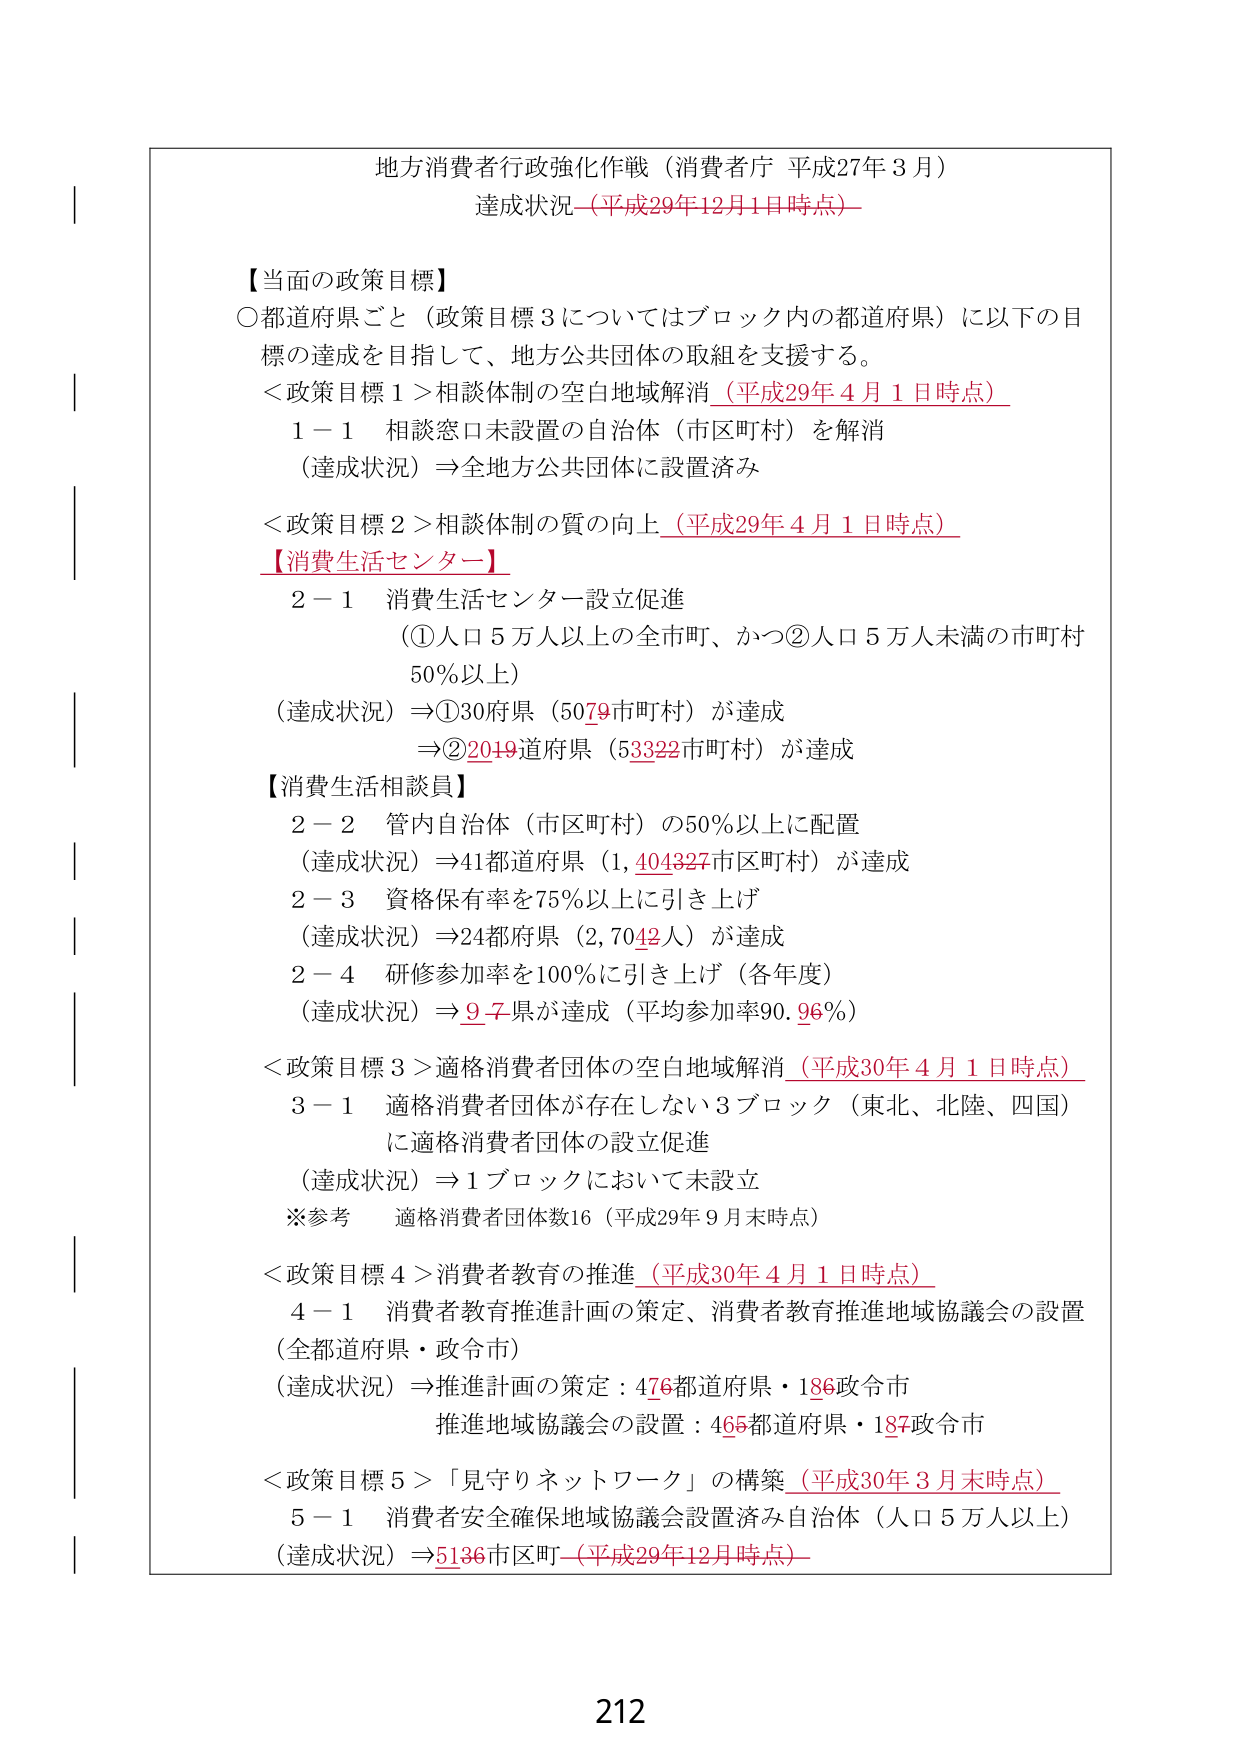
地方消費者行政強化作戦（消費者庁 平成27年3月）
達成状況（平成29年12月1日時点）

【当面の政策目標】
〇都道府県ごと（政策目標3についてはブロック内の都道府県）に以下の目標の達成を目指して、地方公共団体の取組を支援する。

＜政策目標1＞相談体制の空白地域解消（平成29年4月1日時点）
　1－1　相談窓口未設置の自治体（市区町村）を解消
　　（達成状況）⇒全地方公共団体に設置済み

＜政策目標2＞相談体制の質の向上（平成29年4月1日時点）
【消費生活センター】
　2－1　消費生活センター設立促進
　　（①人口5万人以上の全市町、かつ②人口5万人未満の市町村50％以上）
　　（達成状況）⇒①30府県（5079市町村）が達成
　　　　　　　⇒②2019道府県（53322市町村）が達成

【消費生活相談員】
　2－2　管内自治体（市区町村）の50％以上に配置
　　（達成状況）⇒41都道府県（1,404327市区町村）が達成
　2－3　資格保有率を75％以上に引き上げ
　　（達成状況）⇒24都府県（2,7042人）が達成
　2－4　研修参加率を100％に引き上げ（各年度）
　　（達成状況）⇒9.7県が達成（平均参加率90.96％）

＜政策目標3＞適格消費者団体の空白地域解消（平成30年4月1日時点）
　3－1　適格消費者団体が存在しない3ブロック（東北、北陸、四国）に適格消費者団体の設立促進
　　（達成状況）⇒1ブロックにおいて未設立
　　※参考　適格消費者団体数16（平成29年9月末時点）

＜政策目標4＞消費者教育の推進（平成30年4月1日時点）
　4－1　消費者教育推進計画の策定、消費者教育推進地域協議会の設置（全都道府県・政令市）
　　（達成状況）⇒推進計画の策定：476都道府県・186政令市
　　　　　　　推進地域協議会の設置：465都道府県・187政令市

＜政策目標5＞「見守りネットワーク」の構築（平成30年3月末時点）
　5－1　消費者安全確保地域協議会設置済み自治体（人口5万人以上）
　　（達成状況）⇒5136市区町（平成29年12月時点）

212